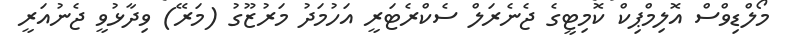
މޯލްޑިވްސް އޮލިމްޕިކް ކޮމިޓީގެ ޖެނެރަލް ސެކްރެޓަރީ އަހުމަދު މަރުޒޫގު (މަރޭ) ވިދާޅުވީ ޖެނުއަރީ